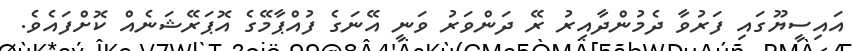
އައިސީޔޫގައި ފަރުވާ ދެމުންދާއިރު ރޭ ދަންވަރު ވަނީ އޭނަގެ ފުއްޕާމޭގެ އޮޕަރޭޝަނެއް ކޮށްފައެވެ.